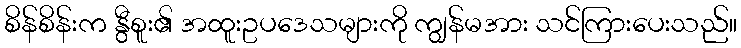
စိန်စိန်းက နွီစူး၏ အထူးဥပဒေသများကို ကျွန်မအား သင်ကြားပေးသည်။